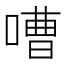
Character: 嘈